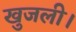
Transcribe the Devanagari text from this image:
खुजली।